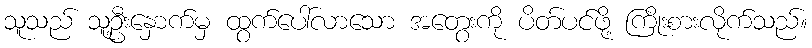
သူသည် သူ့ဦးနှောက်မှ ထွက်ပေါ်လာသော အတွေးကို ပိတ်ပင်ဖို့ ကြိုးစားလိုက်သည်။